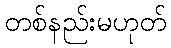
တစ်နည်းမဟုတ်